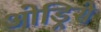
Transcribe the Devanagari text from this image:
ओड्रिसे